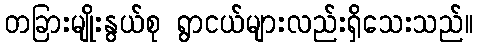
တခြားမျိုးနွယ်စု ရွာငယ်များလည်းရှိသေးသည်။